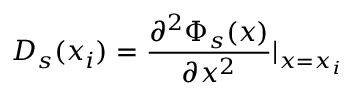
D _ { s } ( x _ { i } ) = \frac { \partial ^ { 2 } \Phi _ { s } ( x ) } { \partial x ^ { 2 } } \vert _ { x = x _ { i } }